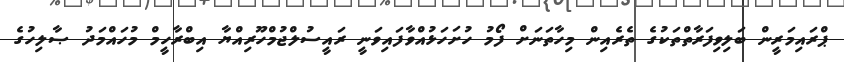
ޕްރައިމަރީން ބަލިވިފަރާތްތަކުގެ ތެރެއިން މިހާތަނަށް ފޯމު ހުށަހަޅުއްވާފައިވަނީ ރައީސުލްޖުމްހޫރިއްޔާ އިބްރާހީމް މުހައްމަދު ޞާލިހުގެ